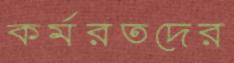
কর্মরতদের